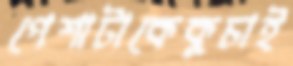
পেশাটাকেকুচাই